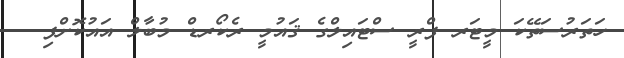
ހަތަރުސަތޭކަ މީޓަރ ފްރީ ސްޓައިލްގެ ޤައުމީ ރެކޯރޑް މުބާލް އައުކޮށްފި